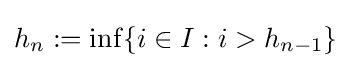
h_{n}:=\inf\{i\in I:i>h_{n-1}\}